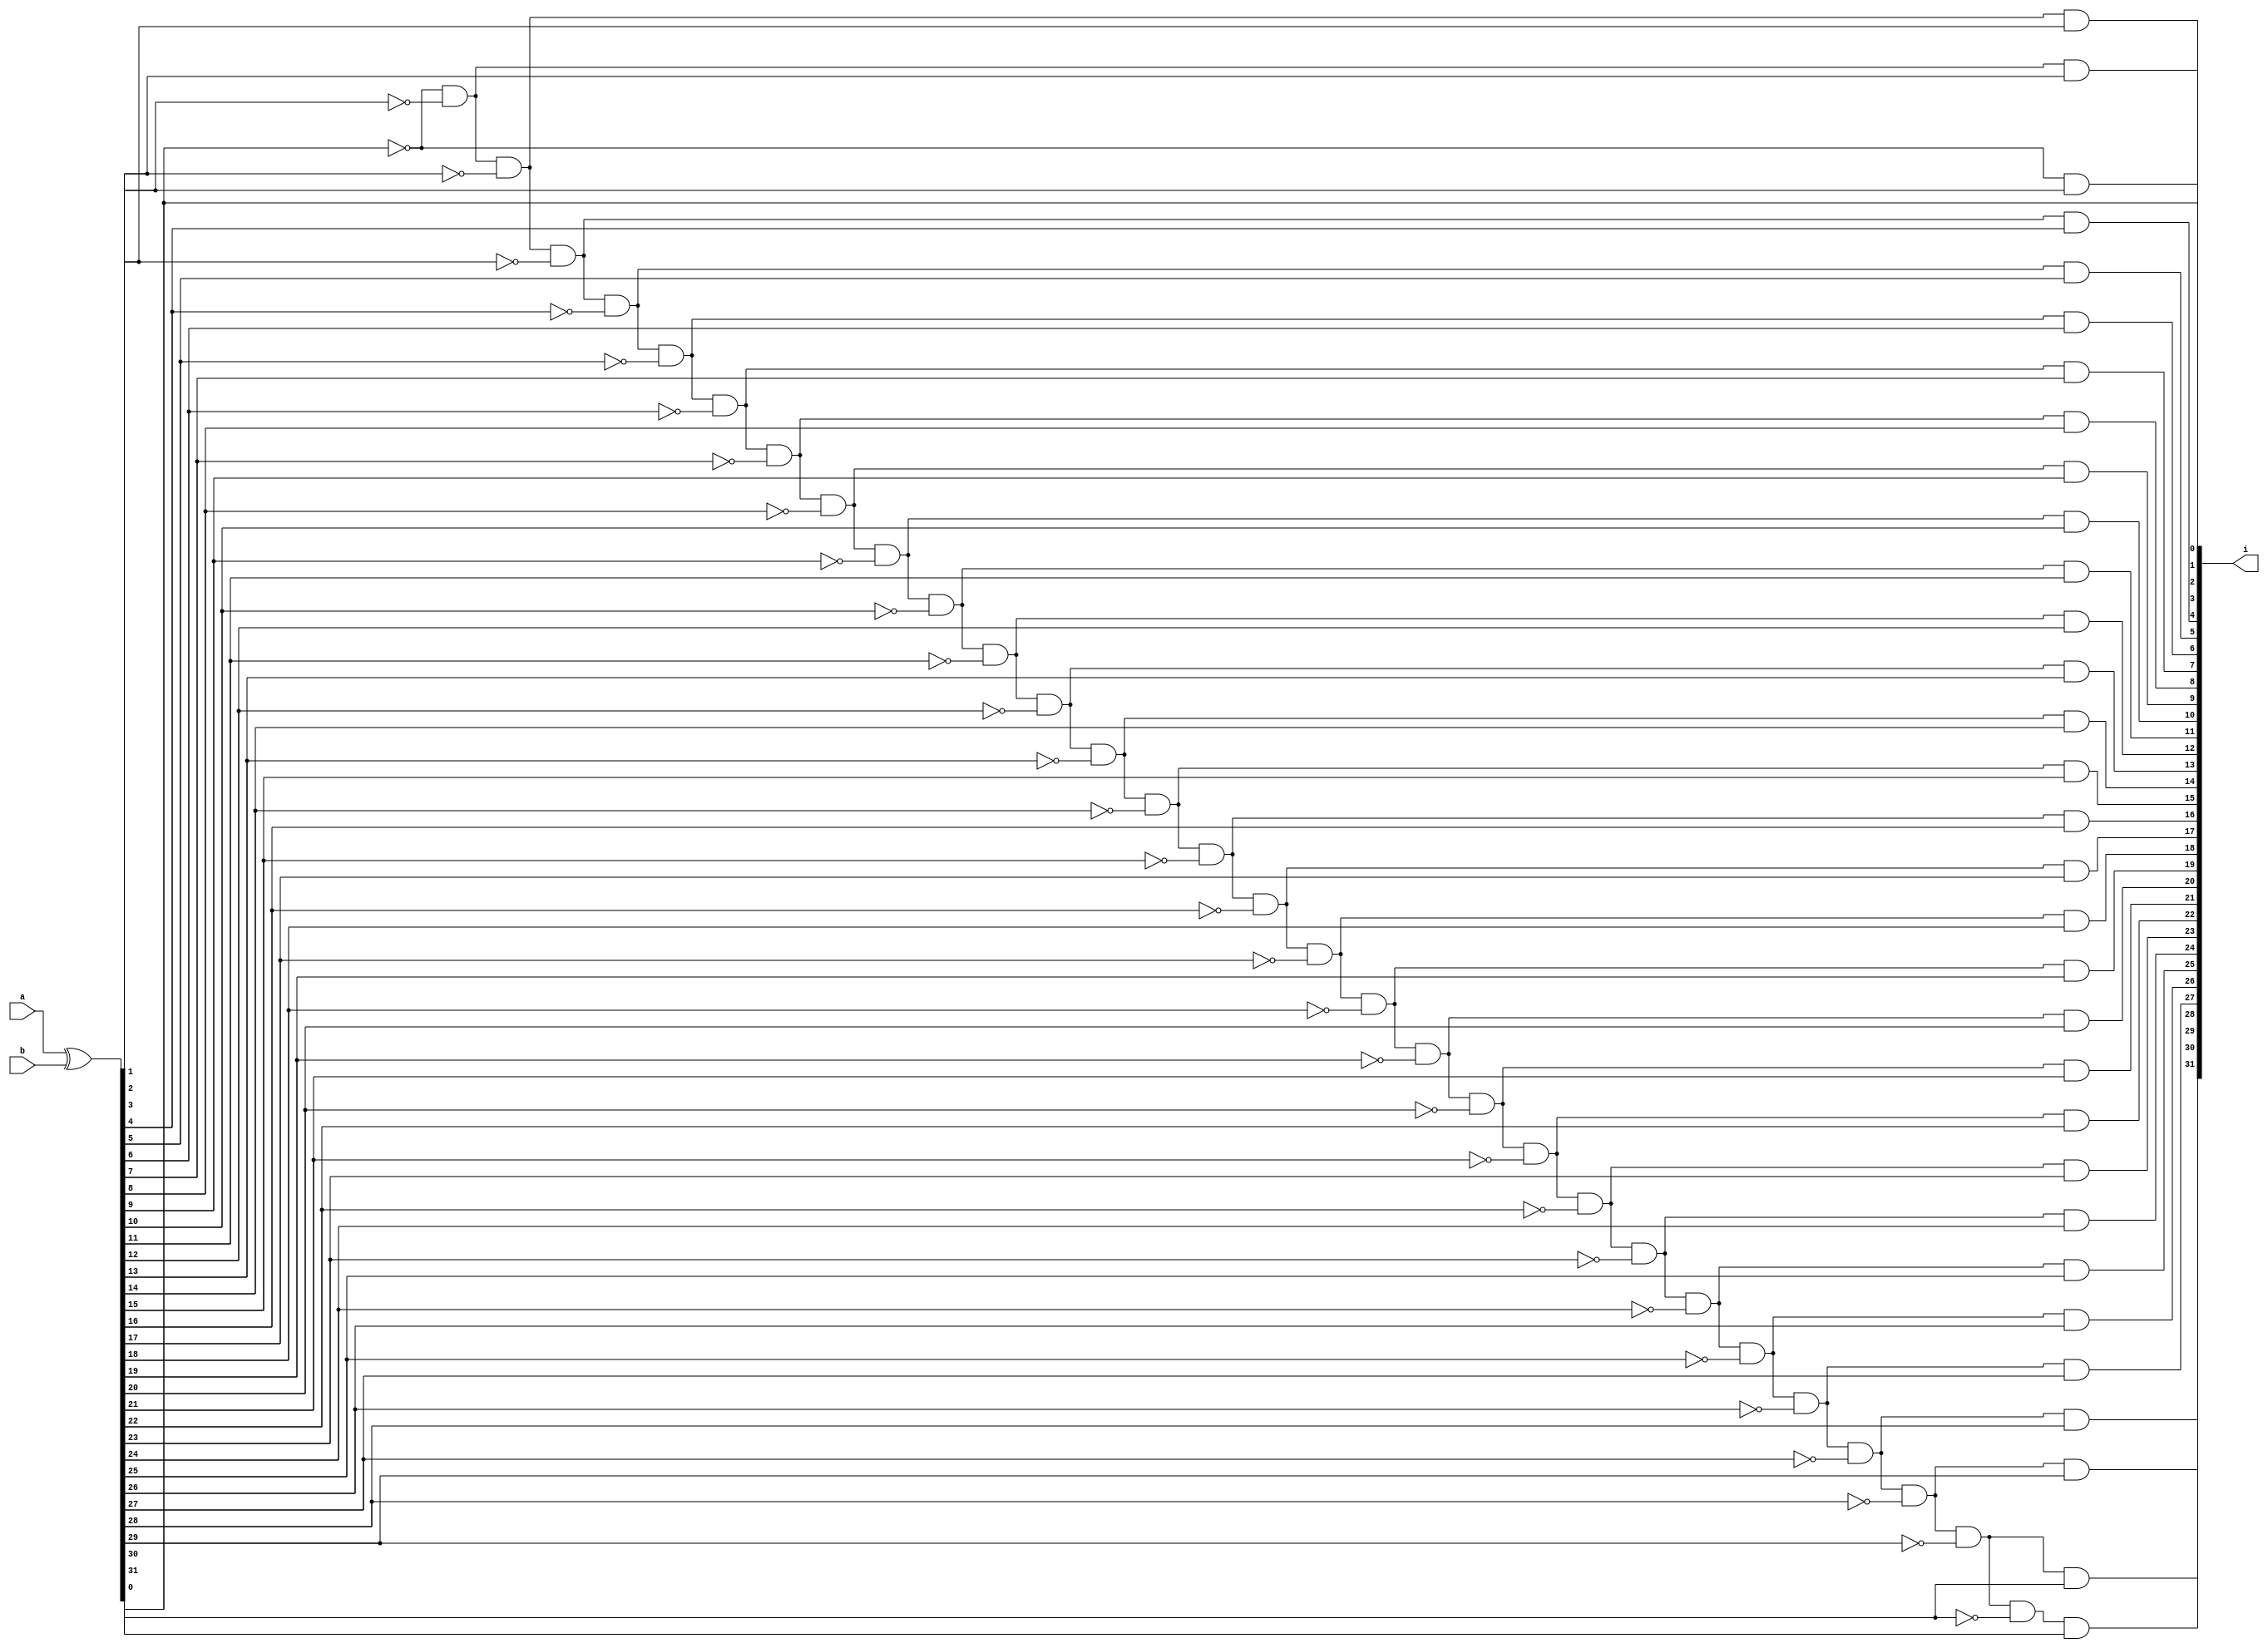
`timescale 1ns / 1ps
//////////////////////////////////////////////////////////////////////////////////
// Company: 
// Engineer: 
// 
// Design Name: 
// Module Name:    diff 
// Project Name: 
// Target Devices: 
// Tool versions: 
// Description: 
//
// Dependencies: 
//
// Revision: 
// Revision 0.01 - File Created
// Additional Comments: 
//
//////////////////////////////////////////////////////////////////////////////////
module diff(
	input [31:0] a,
	input [31:0] b,
	output reg [31:0] i
    );

	reg [31:0] x;
	always@(*) begin
		x = a ^ b;
		i[0] <= x[0];
		// The mountain below is obviously written via python
		i[1] <= ~x[0] & x[1];
		i[2] <= ~x[0] & ~x[1] & x[2];
		i[3] <= ~x[0] & ~x[1] & ~x[2] & x[3];
		i[4] <= ~x[0] & ~x[1] & ~x[2] & ~x[3] & x[4];
		i[5] <= ~x[0] & ~x[1] & ~x[2] & ~x[3] & ~x[4] & x[5];
		i[6] <= ~x[0] & ~x[1] & ~x[2] & ~x[3] & ~x[4] & ~x[5] & x[6];
		i[7] <= ~x[0] & ~x[1] & ~x[2] & ~x[3] & ~x[4] & ~x[5] & ~x[6] & x[7];
		i[8] <= ~x[0] & ~x[1] & ~x[2] & ~x[3] & ~x[4] & ~x[5] & ~x[6] & ~x[7] & x[8];
		i[9] <= ~x[0] & ~x[1] & ~x[2] & ~x[3] & ~x[4] & ~x[5] & ~x[6] & ~x[7] & ~x[8] & x[9];
		i[10] <= ~x[0] & ~x[1] & ~x[2] & ~x[3] & ~x[4] & ~x[5] & ~x[6] & ~x[7] & ~x[8] & ~x[9] & x[10];
		i[11] <= ~x[0] & ~x[1] & ~x[2] & ~x[3] & ~x[4] & ~x[5] & ~x[6] & ~x[7] & ~x[8] & ~x[9] & ~x[10] & x[11];
		i[12] <= ~x[0] & ~x[1] & ~x[2] & ~x[3] & ~x[4] & ~x[5] & ~x[6] & ~x[7] & ~x[8] & ~x[9] & ~x[10] & ~x[11] & x[12];
		i[13] <= ~x[0] & ~x[1] & ~x[2] & ~x[3] & ~x[4] & ~x[5] & ~x[6] & ~x[7] & ~x[8] & ~x[9] & ~x[10] & ~x[11] & ~x[12] & x[13];
		i[14] <= ~x[0] & ~x[1] & ~x[2] & ~x[3] & ~x[4] & ~x[5] & ~x[6] & ~x[7] & ~x[8] & ~x[9] & ~x[10] & ~x[11] & ~x[12] & ~x[13] & x[14];
		i[15] <= ~x[0] & ~x[1] & ~x[2] & ~x[3] & ~x[4] & ~x[5] & ~x[6] & ~x[7] & ~x[8] & ~x[9] & ~x[10] & ~x[11] & ~x[12] & ~x[13] & ~x[14] & x[15];
		i[16] <= ~x[0] & ~x[1] & ~x[2] & ~x[3] & ~x[4] & ~x[5] & ~x[6] & ~x[7] & ~x[8] & ~x[9] & ~x[10] & ~x[11] & ~x[12] & ~x[13] & ~x[14] & ~x[15] & x[16];
		i[17] <= ~x[0] & ~x[1] & ~x[2] & ~x[3] & ~x[4] & ~x[5] & ~x[6] & ~x[7] & ~x[8] & ~x[9] & ~x[10] & ~x[11] & ~x[12] & ~x[13] & ~x[14] & ~x[15] & ~x[16] & x[17];
		i[18] <= ~x[0] & ~x[1] & ~x[2] & ~x[3] & ~x[4] & ~x[5] & ~x[6] & ~x[7] & ~x[8] & ~x[9] & ~x[10] & ~x[11] & ~x[12] & ~x[13] & ~x[14] & ~x[15] & ~x[16] & ~x[17] & x[18];
		i[19] <= ~x[0] & ~x[1] & ~x[2] & ~x[3] & ~x[4] & ~x[5] & ~x[6] & ~x[7] & ~x[8] & ~x[9] & ~x[10] & ~x[11] & ~x[12] & ~x[13] & ~x[14] & ~x[15] & ~x[16] & ~x[17] & ~x[18] & x[19];
		i[20] <= ~x[0] & ~x[1] & ~x[2] & ~x[3] & ~x[4] & ~x[5] & ~x[6] & ~x[7] & ~x[8] & ~x[9] & ~x[10] & ~x[11] & ~x[12] & ~x[13] & ~x[14] & ~x[15] & ~x[16] & ~x[17] & ~x[18] & ~x[19] & x[20];
		i[21] <= ~x[0] & ~x[1] & ~x[2] & ~x[3] & ~x[4] & ~x[5] & ~x[6] & ~x[7] & ~x[8] & ~x[9] & ~x[10] & ~x[11] & ~x[12] & ~x[13] & ~x[14] & ~x[15] & ~x[16] & ~x[17] & ~x[18] & ~x[19] & ~x[20] & x[21];
		i[22] <= ~x[0] & ~x[1] & ~x[2] & ~x[3] & ~x[4] & ~x[5] & ~x[6] & ~x[7] & ~x[8] & ~x[9] & ~x[10] & ~x[11] & ~x[12] & ~x[13] & ~x[14] & ~x[15] & ~x[16] & ~x[17] & ~x[18] & ~x[19] & ~x[20] & ~x[21] & x[22];
		i[23] <= ~x[0] & ~x[1] & ~x[2] & ~x[3] & ~x[4] & ~x[5] & ~x[6] & ~x[7] & ~x[8] & ~x[9] & ~x[10] & ~x[11] & ~x[12] & ~x[13] & ~x[14] & ~x[15] & ~x[16] & ~x[17] & ~x[18] & ~x[19] & ~x[20] & ~x[21] & ~x[22] & x[23];
		i[24] <= ~x[0] & ~x[1] & ~x[2] & ~x[3] & ~x[4] & ~x[5] & ~x[6] & ~x[7] & ~x[8] & ~x[9] & ~x[10] & ~x[11] & ~x[12] & ~x[13] & ~x[14] & ~x[15] & ~x[16] & ~x[17] & ~x[18] & ~x[19] & ~x[20] & ~x[21] & ~x[22] & ~x[23] & x[24];
		i[25] <= ~x[0] & ~x[1] & ~x[2] & ~x[3] & ~x[4] & ~x[5] & ~x[6] & ~x[7] & ~x[8] & ~x[9] & ~x[10] & ~x[11] & ~x[12] & ~x[13] & ~x[14] & ~x[15] & ~x[16] & ~x[17] & ~x[18] & ~x[19] & ~x[20] & ~x[21] & ~x[22] & ~x[23] & ~x[24] & x[25];
		i[26] <= ~x[0] & ~x[1] & ~x[2] & ~x[3] & ~x[4] & ~x[5] & ~x[6] & ~x[7] & ~x[8] & ~x[9] & ~x[10] & ~x[11] & ~x[12] & ~x[13] & ~x[14] & ~x[15] & ~x[16] & ~x[17] & ~x[18] & ~x[19] & ~x[20] & ~x[21] & ~x[22] & ~x[23] & ~x[24] & ~x[25] & x[26];
		i[27] <= ~x[0] & ~x[1] & ~x[2] & ~x[3] & ~x[4] & ~x[5] & ~x[6] & ~x[7] & ~x[8] & ~x[9] & ~x[10] & ~x[11] & ~x[12] & ~x[13] & ~x[14] & ~x[15] & ~x[16] & ~x[17] & ~x[18] & ~x[19] & ~x[20] & ~x[21] & ~x[22] & ~x[23] & ~x[24] & ~x[25] & ~x[26] & x[27];
		i[28] <= ~x[0] & ~x[1] & ~x[2] & ~x[3] & ~x[4] & ~x[5] & ~x[6] & ~x[7] & ~x[8] & ~x[9] & ~x[10] & ~x[11] & ~x[12] & ~x[13] & ~x[14] & ~x[15] & ~x[16] & ~x[17] & ~x[18] & ~x[19] & ~x[20] & ~x[21] & ~x[22] & ~x[23] & ~x[24] & ~x[25] & ~x[26] & ~x[27] & x[28];
		i[29] <= ~x[0] & ~x[1] & ~x[2] & ~x[3] & ~x[4] & ~x[5] & ~x[6] & ~x[7] & ~x[8] & ~x[9] & ~x[10] & ~x[11] & ~x[12] & ~x[13] & ~x[14] & ~x[15] & ~x[16] & ~x[17] & ~x[18] & ~x[19] & ~x[20] & ~x[21] & ~x[22] & ~x[23] & ~x[24] & ~x[25] & ~x[26] & ~x[27] & ~x[28] & x[29];
		i[30] <= ~x[0] & ~x[1] & ~x[2] & ~x[3] & ~x[4] & ~x[5] & ~x[6] & ~x[7] & ~x[8] & ~x[9] & ~x[10] & ~x[11] & ~x[12] & ~x[13] & ~x[14] & ~x[15] & ~x[16] & ~x[17] & ~x[18] & ~x[19] & ~x[20] & ~x[21] & ~x[22] & ~x[23] & ~x[24] & ~x[25] & ~x[26] & ~x[27] & ~x[28] & ~x[29] & x[30];
		i[31] <= ~x[0] & ~x[1] & ~x[2] & ~x[3] & ~x[4] & ~x[5] & ~x[6] & ~x[7] & ~x[8] & ~x[9] & ~x[10] & ~x[11] & ~x[12] & ~x[13] & ~x[14] & ~x[15] & ~x[16] & ~x[17] & ~x[18] & ~x[19] & ~x[20] & ~x[21] & ~x[22] & ~x[23] & ~x[24] & ~x[25] & ~x[26] & ~x[27] & ~x[28] & ~x[29] & ~x[30] & x[31];
		
	end
	
endmodule